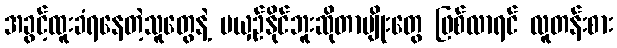
အခွင့်ထူးခံရနေတဲ့သူတွေနဲ့ မယှဉ်နိုင်ဘူးဆိုတာမျိုးတွေ ဖြစ်လာရင် လူတန်းစား